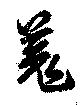
羗